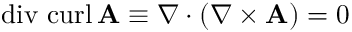
\operatorname { d i v } \, \operatorname { c u r l } \mathbf { A } \equiv \nabla \cdot ( \nabla \times \mathbf { A } ) = 0